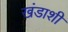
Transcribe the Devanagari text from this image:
खंडाशी